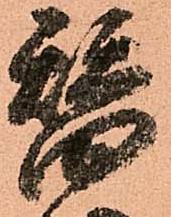
替